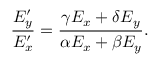
{ \frac { E _ { y } ^ { \prime } } { E _ { x } ^ { \prime } } } = { \frac { \gamma E _ { x } + \delta E _ { y } } { \alpha E _ { x } + \beta E _ { y } } } .